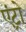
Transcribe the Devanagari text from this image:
एंट्रो